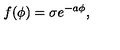
f ( \phi ) = \sigma e ^ { - a \phi } ,